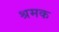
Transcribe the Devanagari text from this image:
श्रमक